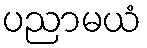
ပညာမယံ